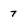
Character: 7